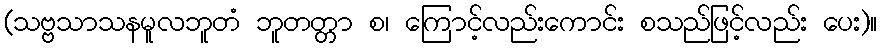
(သဗ္ဗသာသနမူလဘူတံ ဘူတတ္တာ စ၊ ကြောင့်လည်းကောင်း စသည်ဖြင့်လည်း ပေး)။